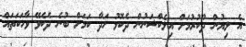
އެ ލިޔުން ދޫކުރުމަށް އިލެކްޝަނުން ދެކޮޅު ހަދާ ކަމަށް ބުނެ ދެކެވޭ ވާހަކަތައް